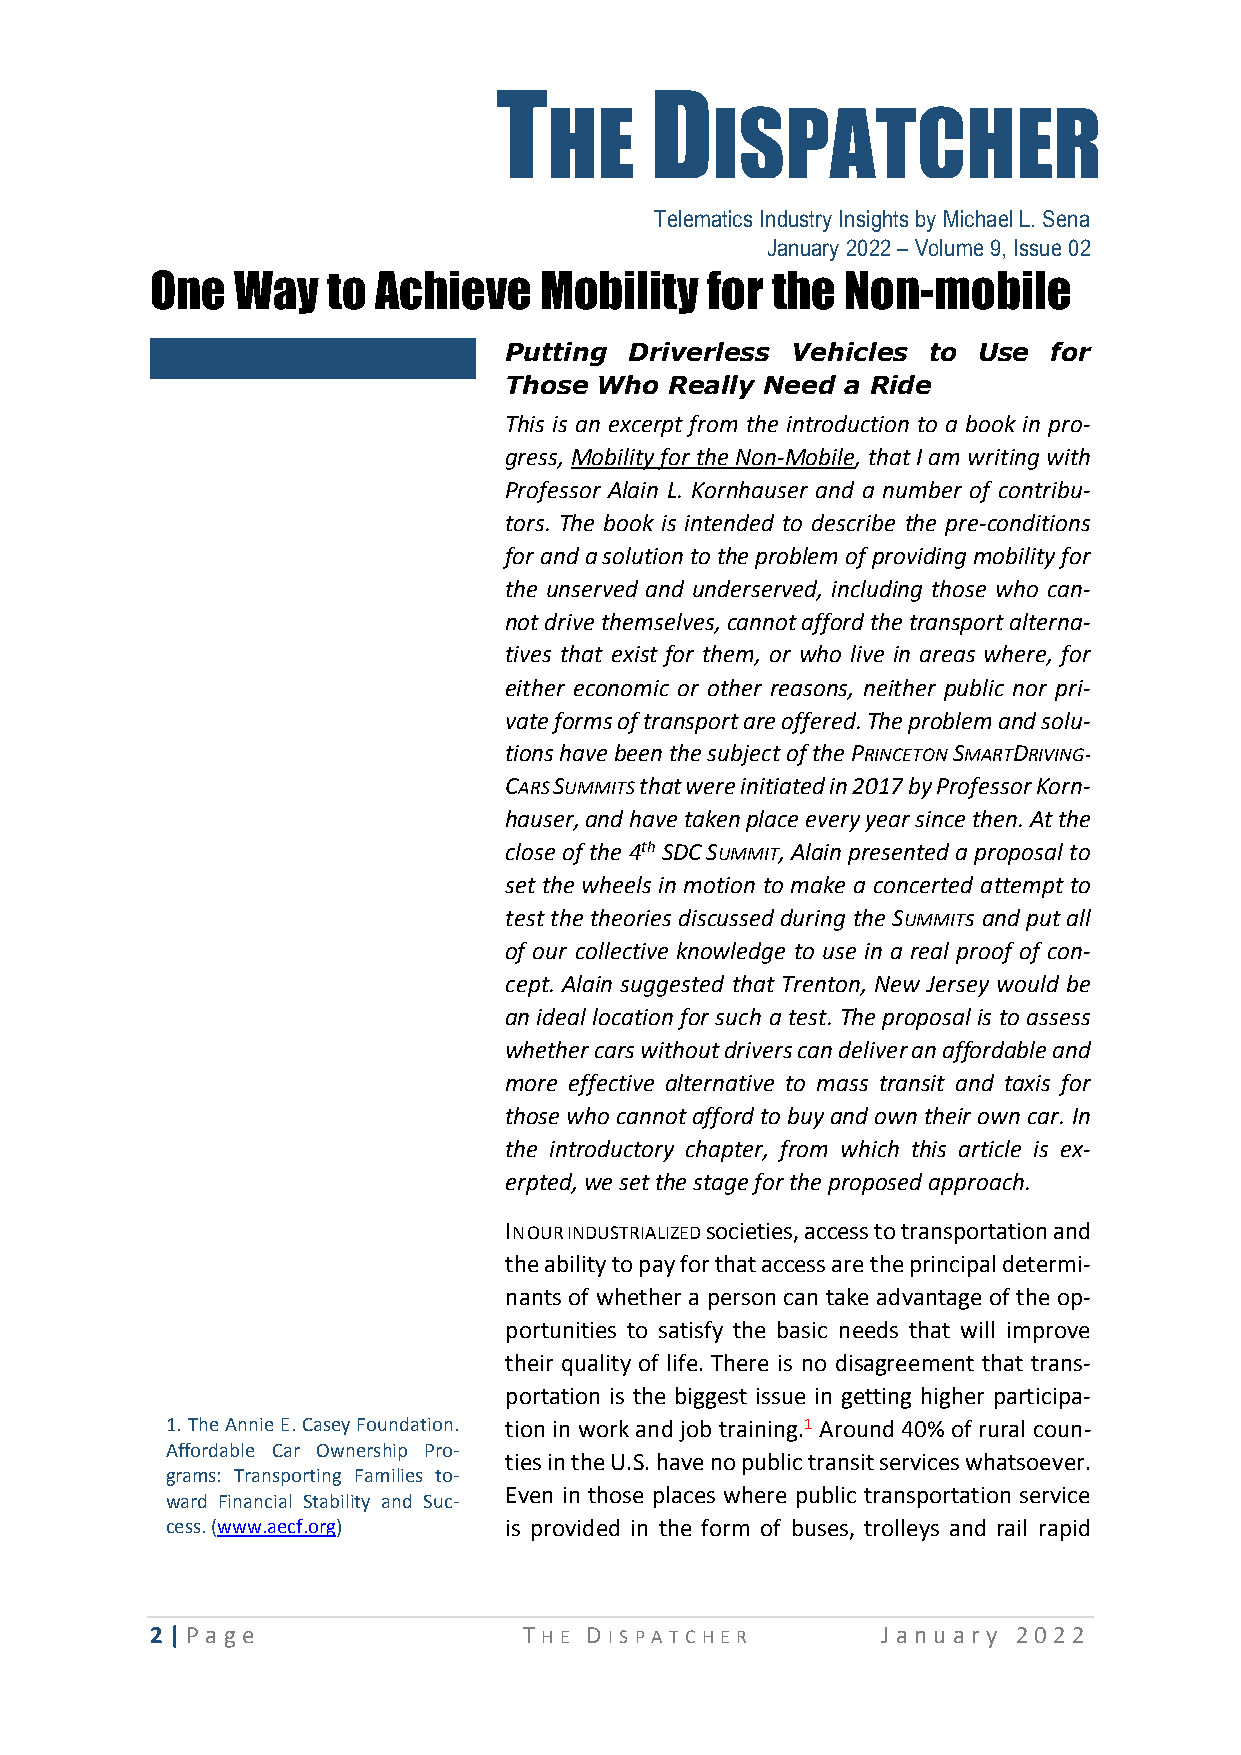
T         D
 HE         ISPATCHER
 "Telematics Industry Insights by Michael L. Sena
 January 2022 – Volume 9, Issue 02
 One   Way   to Achieve    Mobility   for the  Non-mobile
 Putting  Driverless Vehicles to Use  for
 Those  Who Really Need a Ride
 This is an excerpt from the introduction to a book in pro-
 gress, Mobility for the Non-Mobile, that I am writing with
 Professor Alain L. Kornhauser and a number of contribu-
 tors. The book is intended to describe the pre-conditions
 for and a solution to the problem of providing mobility for
 the unserved and underserved, including those who can-
 not drive themselves, cannot afford the transport alterna-
 tives that exist for them, or who live in areas where, for
 either economic or other reasons, neither public nor pri-
 vate forms of transport are offered. The problem and solu-
 tions have been the subject of the PRINCETON SMARTDRIVING-
 CARS SUMMITS that were initiated in 2017 by Professor Korn-
 hauser, and have taken place every year since then. At the
 close of the 4th SDC SUMMIT, Alain presented a proposal to
 set the wheels in motion to make a concerted attempt to
 test the theories discussed during the SUMMITs and put all
 of our collective knowledge to use in a real proof of con-
 cept. Alain suggested that Trenton, New Jersey would be
 an ideal location for such a test. The proposal is to assess
 whether cars without drivers can deliver an affordable and
 more effective alternative to mass transit and taxis for
 those who cannot afford to buy and own their own car. In
 the introductory chapter, from which this article is ex-
 erpted, we set the stage for the proposed approach.
 IN OUR INDUSTRIALIZED societies, access to transportation and
 the ability to pay for that access are the principal determi-
 nants of whether a person can take advantage of the op-
 portunities to satisfy the basic needs that will improve
 their quality of life. There is no disagreement that trans-
 portation is the biggest issue in getting higher participa-
 1. The Annie E. Casey Foundation. tion in work and job training.1 Around 40% of rural coun-
 Affordable Car Ownership Pro-
 ties in the U.S. have no public transit services whatsoever.
 grams: Transporting Families to-
 Even in those places where public transportation service
 ward Financial Stability and Suc-
 cess. (www.aecf.org)  is provided in the form of buses, trolleys and rail rapid
 2 | P age                T HE D I SP A T CHE R  Ja n u ary 2 0 22